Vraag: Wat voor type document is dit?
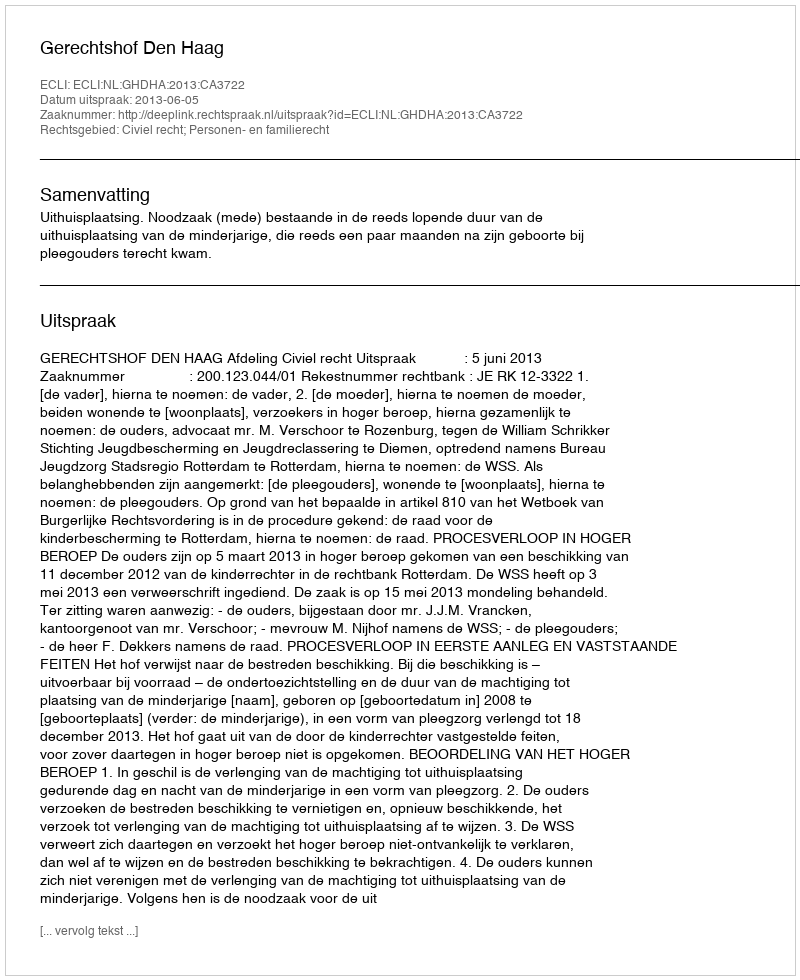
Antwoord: Uitspraak